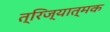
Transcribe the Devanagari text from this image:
त्रिज्यात्मक